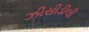
ઝીસીડીલી